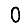
Digit: 0